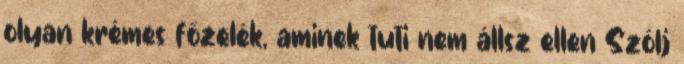
olyan krémes főzelék, aminek tuti nem állsz ellen Szólj